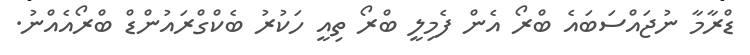
ޑްރާމާ ނުޖައްސަބައެ ބްރޯ އެން ފެމިލީ ބްރޯ ތިއީ ހަކުރު ބެކްގްރައުންޑް ބްރޯއެއްނު.